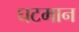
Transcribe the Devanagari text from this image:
घटमान